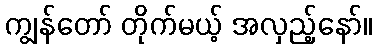
ကျွန်တော် တိုက်မယ့် အလှည့်နော်။